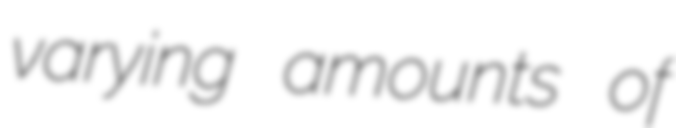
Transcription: varying amounts of